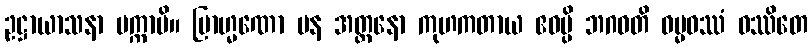
ဥဋ္ဌာယာသနာ ပက္ကာမိ။ ဗြာဟ္မဏော ပန အတ္တနော ကုဟကတာယ ဧဝမ္ပိ ဘဂဝတိ ဓမ္မဝဿံ ဝဿိတေ